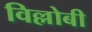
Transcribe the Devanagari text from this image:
विल्लोबी